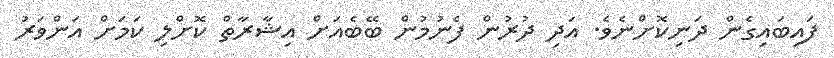
ފައިބައިގެން ދަނިކޮށްނެވެ. އަދި ދުރުން ފެނުމުން ބޭބެއަށް އިޝާރާތް ކޮށްލި ކަމަށް އަންވަރު